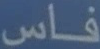
فاس